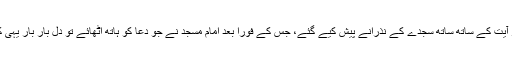
بیان کے بعد قرآن کی چودہ آیات سجدہ کی تلاوت اور ہر آیت کے ساتھ ساتھ سجدے کے نذرانے پیش کیے گئے، جس کے فوراً بعد امام مسجد نے جو دعا کو ہاتھ اٹھائے تو دل بار بار یہی کہہ رہا تھا کاش دعا ختم نہ ہو، کچھ مزید لمبی ہوجائے۔